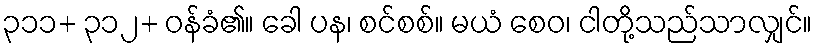
၃၁၁+ ၃၁၂+ ဝန်ခံ၏။ ခေါ ပန၊ စင်စစ်။ မယံ စေဝ၊ ငါတို့သည်သာလျှင်။